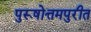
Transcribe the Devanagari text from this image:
पुरूषोत्तमपुरीत